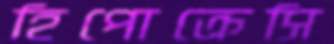
হিপোক্রেসি